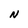
Character: N